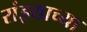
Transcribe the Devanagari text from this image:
रांझ्याच्या